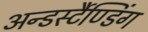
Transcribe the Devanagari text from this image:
अन्डर्स्टैण्डिंग